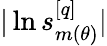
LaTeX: |\ln s_{m({\theta})}^{[q]}|